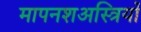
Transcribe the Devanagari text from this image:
मापनशअस्त्रियों